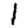
Digit: 1